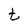
Character: t